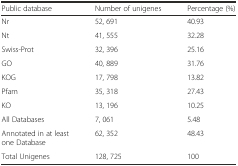
<table><thead><tr><td><b>Public database</b></td><td><b>Number of unigenes</b></td><td><b>Percentage (%)</b></td></tr></thead><tbody><tr><td>Nr</td><td>52, 691</td><td>40.93</td></tr><tr><td>Nt</td><td>41, 555</td><td>32.28</td></tr><tr><td>Swiss-Prot</td><td>32, 396</td><td>25.16</td></tr><tr><td>GO</td><td>40, 889</td><td>31.76</td></tr><tr><td>KOG</td><td>17, 798</td><td>13.82</td></tr><tr><td>Pfam</td><td>35, 318</td><td>27.43</td></tr><tr><td>KO</td><td>13, 196</td><td>10.25</td></tr><tr><td>All Databases</td><td>7, 061</td><td>5.48</td></tr><tr><td>Annotated in at least one Database</td><td>62, 352</td><td>48.43</td></tr><tr><td>Total Unigenes</td><td>128, 725</td><td>100</td></tr></tbody></table>